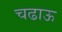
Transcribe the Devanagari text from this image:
चढाऊ